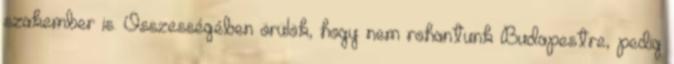
szakember is. Összességében örülök, hogy nem rohantunk Budapestre, pedig